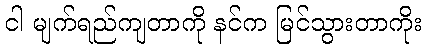
ငါ မျက်ရည်ကျတာကို နင်က မြင်သွားတာကိုး